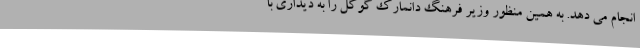
انجام می دهد. به همین منظور وزیر فرهنگ دانمارک گوگل را به دیداری با